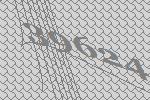
39624